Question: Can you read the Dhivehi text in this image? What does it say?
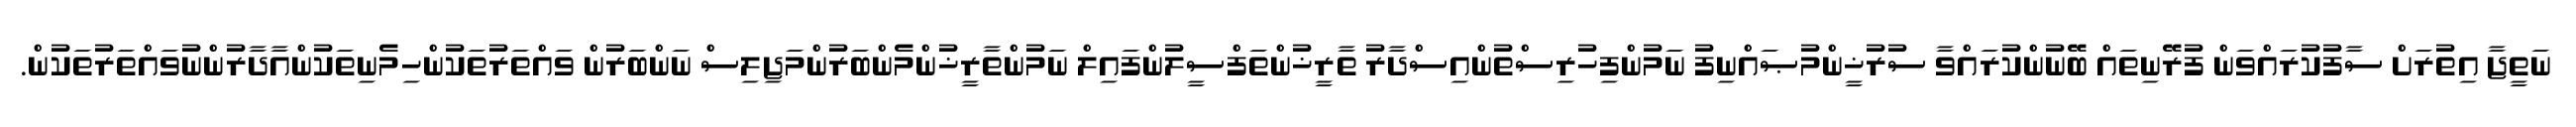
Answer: ނަތީޖާ އިތުރަށް ސާފުކުރައްވަން ފުރޭނިތައް ބޭނުންކުރައްވާ ސުރުޚީންމުޞައްނިފު ނަމުންފިހުރިސްތުންއިސްދާރު ތާރީޚުންތަފްސީލުންފައިލް ނަމުންތާރީޚުންމެންބަރުންމަޖިލިސް ނަންބަރުން ވައްތަރުތަކުންހިމެނިތަކުންއާދާރުންނުވައްތަރުތަކުން.